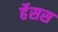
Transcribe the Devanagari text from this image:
र्हेसस